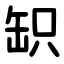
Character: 䍉